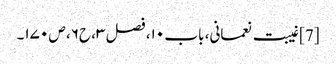
[7] غیبت نعمانی، باب ۱۰، فصل ۳، ح۶، ص ۱۷۰۔